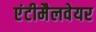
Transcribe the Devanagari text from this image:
एंटीमैलवेयर